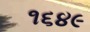
૧૬૪૯